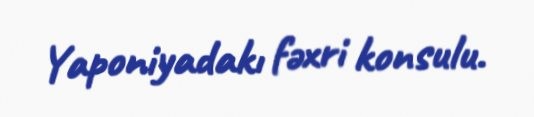
Yaponiyadakı fəxri konsulu.